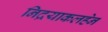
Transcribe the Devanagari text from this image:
निद्रयाकलहेन